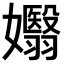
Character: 𡤖